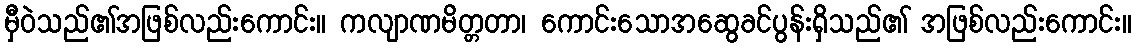
မှီဝဲသည်၏အဖြစ်လည်းကောင်း။ ကလျာဏမိတ္တတာ၊ ကောင်းသောအဆွေခင်ပွန်းရှိသည်၏ အဖြစ်လည်းကောင်း။